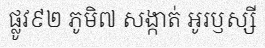
ផ្លូវ៩២ ភូមិ៧ សង្កាត់ អូរឫស្សី